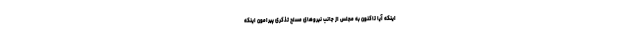
اینکه آیا تاکنون به مجلس از جانب نیروهای مسلح تذکری پیرامون اینکه